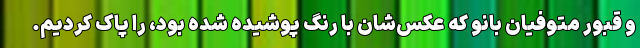
و قبور متوفیان بانو که عکس‌شان با رنگ پوشیده شده بود، را پاک کردیم.